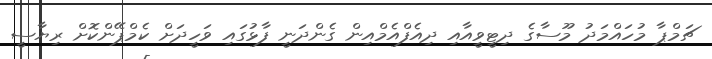
ޗަމްޕާ މުހައްމަދު މޫސާގެ ދިޓީވީއާއި ދިއެފްއެމްއިން ގެންދަނީ ފާޅުގައި ވަހީދަށް ކެމްޕޭންކޮށް ރިޔާސީ